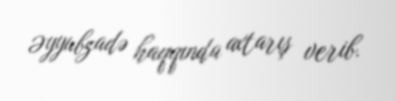
Əyyubzadə haqqında axtarış verib.